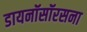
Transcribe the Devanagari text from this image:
डायनॉसॉरसना